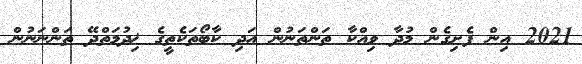
2021 އިން ފެށިގެން މުދާ ވިއްކާ ތަންތަނުން އަދި ކާބޯތަކެތީގެ ޚިދުމަތްދޭ ތަންނަނުން